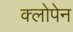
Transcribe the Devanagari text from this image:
क्लोपेन